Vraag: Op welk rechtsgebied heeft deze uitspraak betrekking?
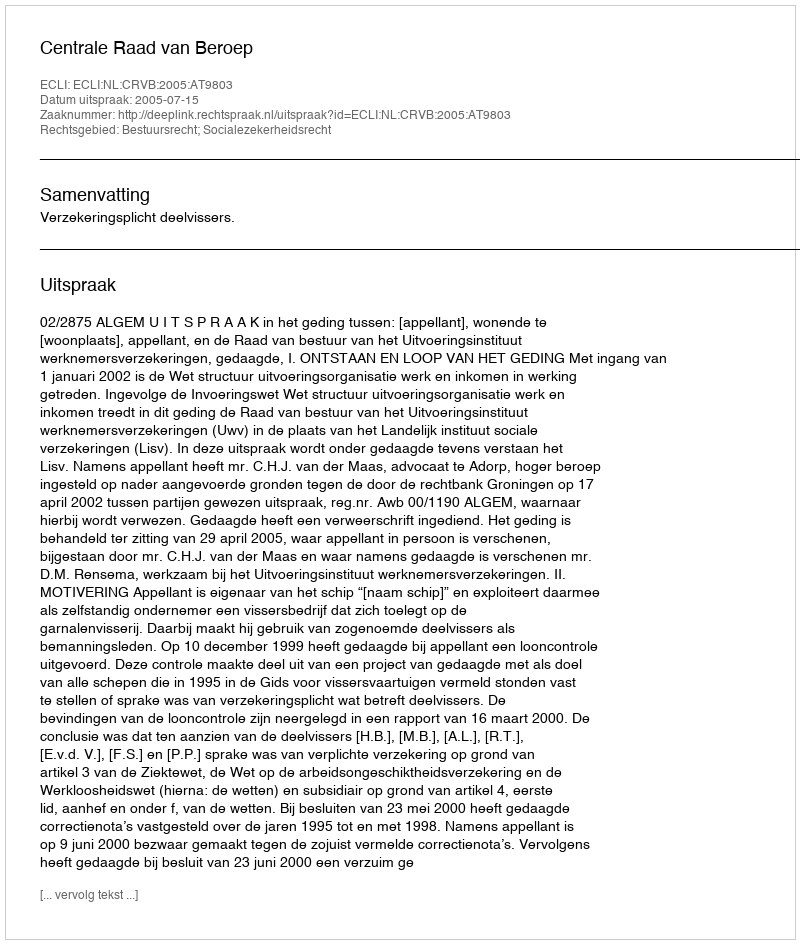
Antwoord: Bestuursrecht; Socialezekerheidsrecht